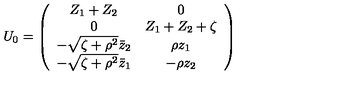
U _ { 0 } = \left( \begin{array} { c c } { Z _ { 1 } + Z _ { 2 } } & { 0 } \\ { 0 } & { Z _ { 1 } + Z _ { 2 } + \zeta } \\ { - \sqrt { \zeta + \rho ^ { 2 } } \bar { z } _ { 2 } } & { \rho z _ { 1 } } \\ { - \sqrt { \zeta + \rho ^ { 2 } } \bar { z } _ { 1 } } & { - \rho z _ { 2 } } \\ \end{array} \right)